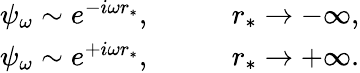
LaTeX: \begin{array}{rl}{\psi_{\omega}\sim e^{-i\omega r_{*}},}&{{}\quad\quad r_{*}\to-\infty,}\\ {\psi_{\omega}\sim e^{+i\omega r_{*}},}&{{}\quad\quad r_{*}\to+\infty.}\end{array}